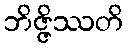
ဘိဇ္ဇိဿတိ